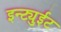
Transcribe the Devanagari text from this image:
इन्ट्युईट